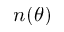
n ( \theta )